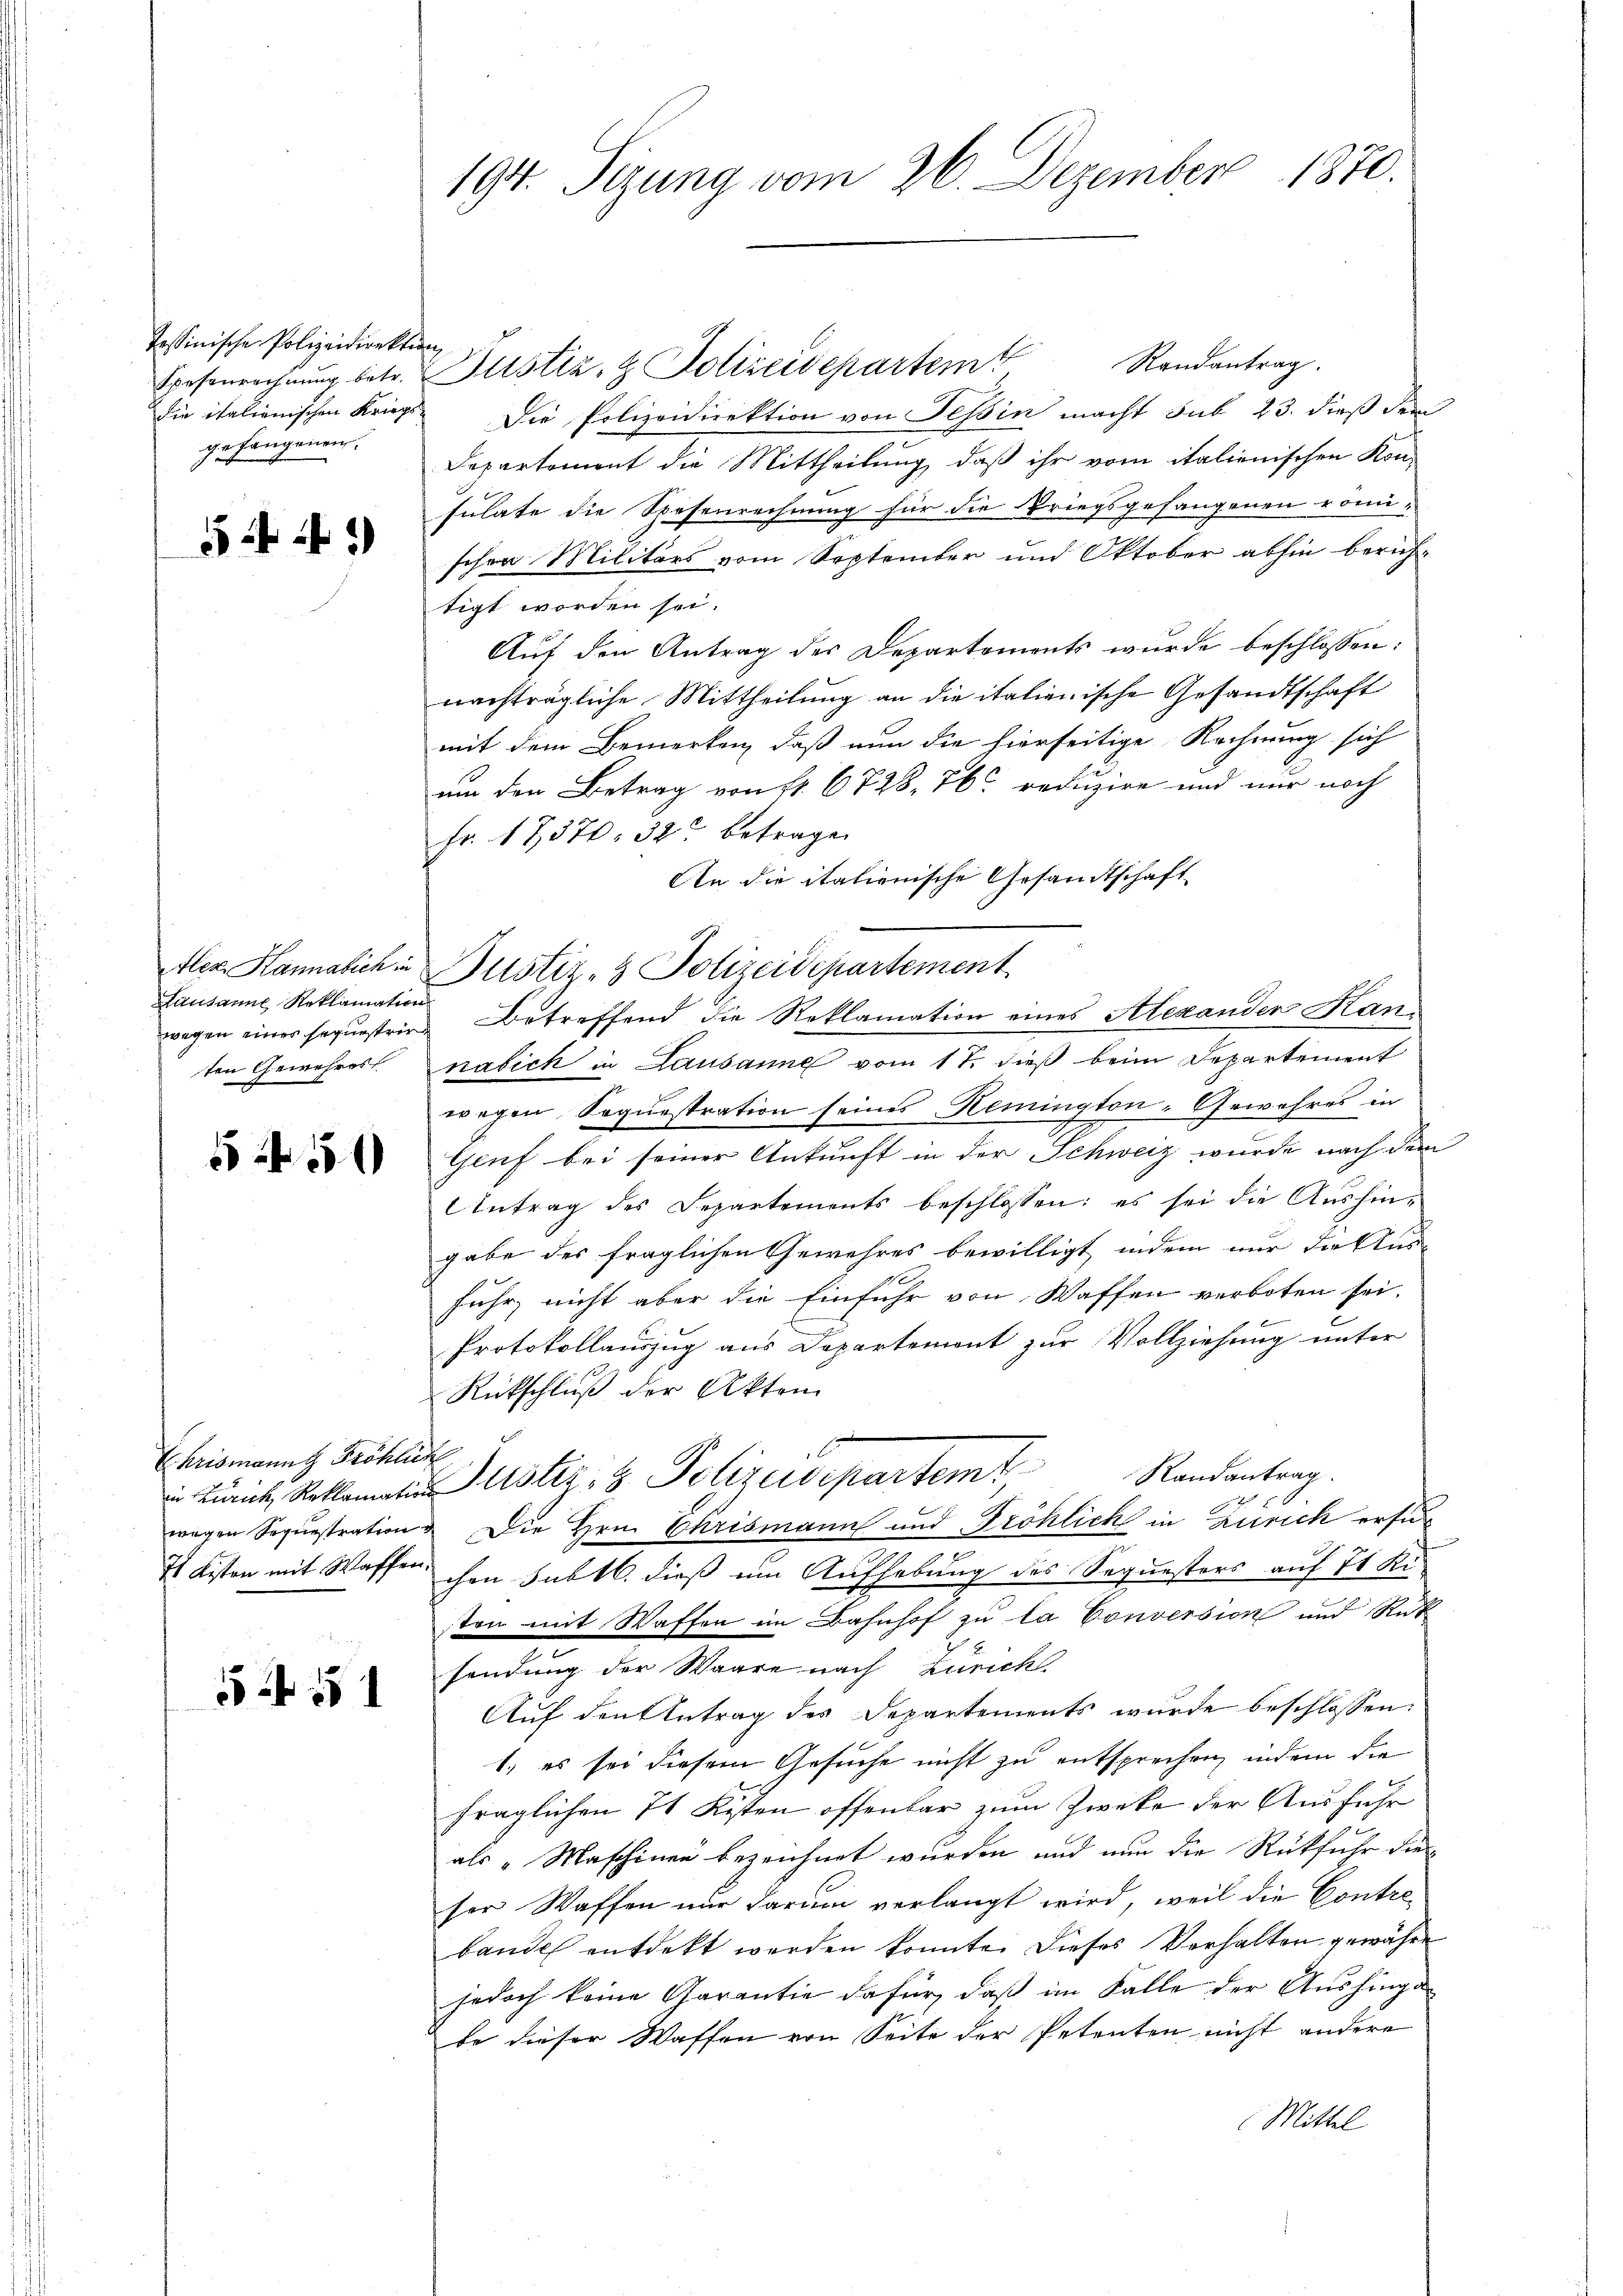
Tessinische Polizeidirektion
die italienischen Kriegs
gefangenen.

54.)

Hausanne Reklamation
ten Gewahres

550

Chrismanns Fröhlich

55 f 15 1

194. Sizung vom 26. Dezember 1870.

Randantrag.
Spesenrechnŭng betr. Gustiz- & Polizeidepartemt
Die Polizeidirektion von Tessin macht sub 23. dieß der
Departement die Mittheilung, daß ihr vom italienischen Kon-
Julate die Spesenrechnung für die Kriegsgefangenen romi-
schen Militärs vom September und Oktober abhin berichtigt worden sei.
Auf den Antrag des Departements wurde beschlossen:
nachträgliche Mittheilung an die italienische Gesandtschaft
mit dem Bemerken, daß nun die hierseitige Rechnung sich
um den Betrag von fl. 6728, 76 reduzire und mir noch
Fr. 17,370. 32. betragen
An die italienische Gesandtschaft
wegen einer seqŭestrie Betreffend die Reklamation eines Alexander Kannasick in Lausanne vom 17. dieß beim Departement
wegen Sequestration seines Remington-Gewahres in
Genf bei seiner Ankunft in der Schweiz wurde nach dem
Antrag des Separtements beschlossen: es sei die Aushin-
gabe des fraglichen Gewehres bewilligt, indem nur die Aus-
fuhr, nicht aber die Einfuhr von Waffen verboten sei.
Protokollauszug aus Departement zur Vollziehung unter
Rückschluß der Akten
Randantrag.
 ich alle Justiz- & Polizeidepartemt
wegen Sequestration & Die Hrn. Chrismann und Fröhlich in Zürich ersu¬
71 Kisten mit Waffen ihm subtl. dieß ein Aufhebung des Sequesters auf 21 Ki
sten mit Waffen im Bahnhof zu la Conversion und Rüt
sendung der Waare nach Zürich.
Auf den Antrag des Departements wurde beschlossen:
1.) es sei diesem Gesuche nicht zu entsprechen, indem die
.
fraglichen 74 Risten offenbar zum Zwecke der Ausführ
als „Maschinen bezeichnet wurden und nun die Rückfuhr die
ser Waffen nur darum verlangt wird, weil die Contrebande entdekt werden konnte. Dieses Verhalten gewähre
jedoch keine Garantie dafür, daß im Falle der Aushing de
de dieser Waffen von Seite der Petenten nicht andere
Mittel

fler Kanalich in Justiz- & Polizeidepartement